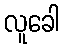
လူခေါ